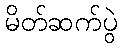
မိတ်ဆက်ပွဲ